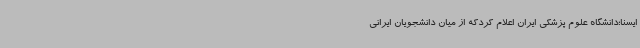
ایسنا؛دانشگاه علوم پزشکی ایران اعلام کردکه از میان دانشجویان ایرانی